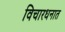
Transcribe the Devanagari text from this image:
विचारधनात